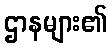
ဌာနများ၏